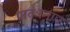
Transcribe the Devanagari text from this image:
प्रातःस्नान